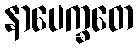
နာပေက္ခတေ